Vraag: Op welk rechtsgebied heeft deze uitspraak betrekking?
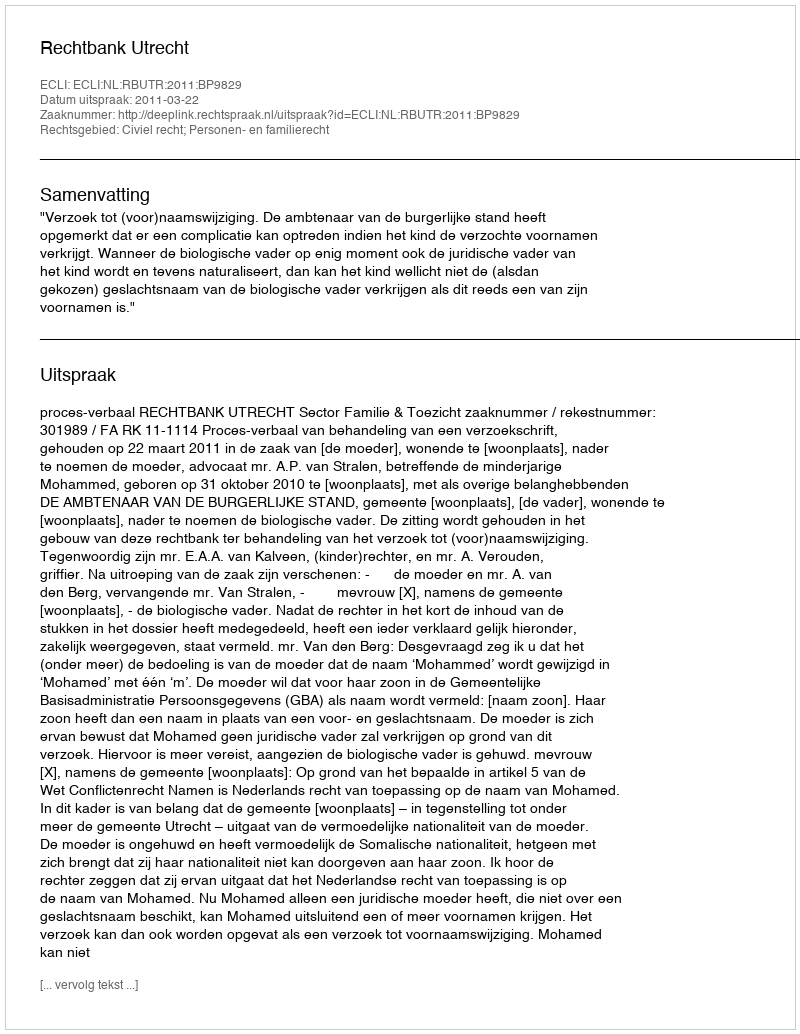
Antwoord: Civiel recht; Personen- en familierecht